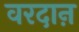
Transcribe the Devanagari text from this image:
वरदाऩ